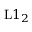
\mathrm { L } 1 _ { 2 }